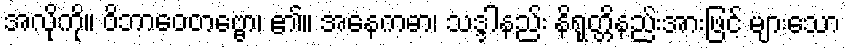
အလိုကို။ ဝိဘာဝေတဗ္ဗော၊ ၏။ အနေကဓာ၊ သဒ္ဒါနည်း နိရုတ္တိနည်းအားဖြင့် များသော